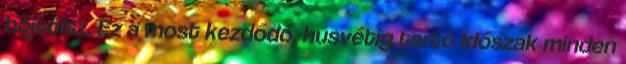
böjtölsz. Ez a most kezdődő, húsvétig tartó időszak minden